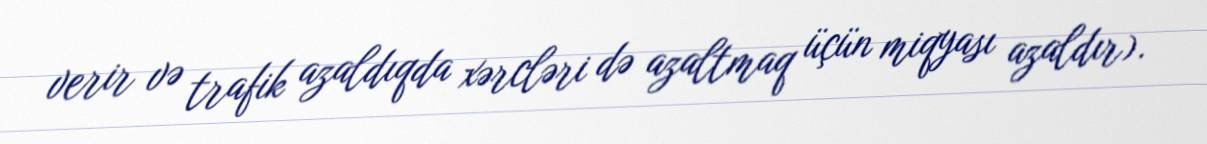
verir və trafik azaldıqda xərcləri də azaltmaq üçün miqyası azaldır).